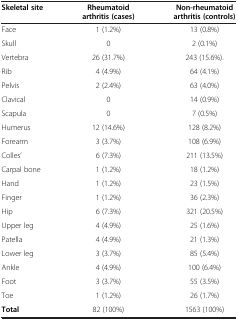
<table><thead><tr><td><b>Skeletal site</b></td><td><b>Rheumatoid arthritis (cases)</b></td><td><b>Non-rheumatoid arthritis (controls)</b></td></tr></thead><tbody><tr><td>Face</td><td>1 (1.2%)</td><td>13 (0.8%)</td></tr><tr><td>Skull</td><td>0</td><td>2 (0.1%)</td></tr><tr><td>Vertebra</td><td>26 (31.7%)</td><td>243 (15.6%).</td></tr><tr><td>Rib</td><td>4 (4.9%)</td><td>64 (4.1%)</td></tr><tr><td>Pelvis</td><td>2 (2.4%)</td><td>63 (4.0%)</td></tr><tr><td>Clavical</td><td>0</td><td>14 (0.9%)</td></tr><tr><td>Scapula</td><td>0</td><td>7 (0.5%)</td></tr><tr><td>Humerus</td><td>12 (14.6%)</td><td>128 (8.2%)</td></tr><tr><td>Forearm</td><td>3 (3.7%)</td><td>108 (6.9%)</td></tr><tr><td>Colles’</td><td>6 (7.3%)</td><td>211 (13.5%)</td></tr><tr><td>Carpal bone</td><td>1 (1.2%)</td><td>18 (1.2%)</td></tr><tr><td>Hand</td><td>1 (1.2%)</td><td>23 (1.5%)</td></tr><tr><td>Finger</td><td>1 (1.2%)</td><td>36 (2.3%)</td></tr><tr><td>Hip</td><td>6 (7.3%)</td><td>321 (20.5%)</td></tr><tr><td>Upper leg</td><td>4 (4.9%)</td><td>25 (1.6%)</td></tr><tr><td>Patella</td><td>4 (4.9%)</td><td>21 (1.3%)</td></tr><tr><td>Lower leg</td><td>3 (3.7%)</td><td>85 (5.4%)</td></tr><tr><td>Ankle</td><td>4 (4.9%)</td><td>100 (6.4%)</td></tr><tr><td>Foot</td><td>3 (3.7%)</td><td>55 (3.5%)</td></tr><tr><td>Toe</td><td>1 (1.2%)</td><td>26 (1.7%)</td></tr><tr><td><b>Total</b></td><td>82 (100%)</td><td>1563 (100%)</td></tr></tbody></table>